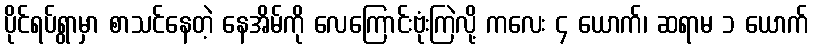
ပိုင်ရပ်ရွာမှာ စာသင်နေတဲ့ နေအိမ်ကို လေကြောင်းဗုံးကြဲလို့ ကလေး ၄ ယောက်၊ ဆရာမ ၁ ယောက်